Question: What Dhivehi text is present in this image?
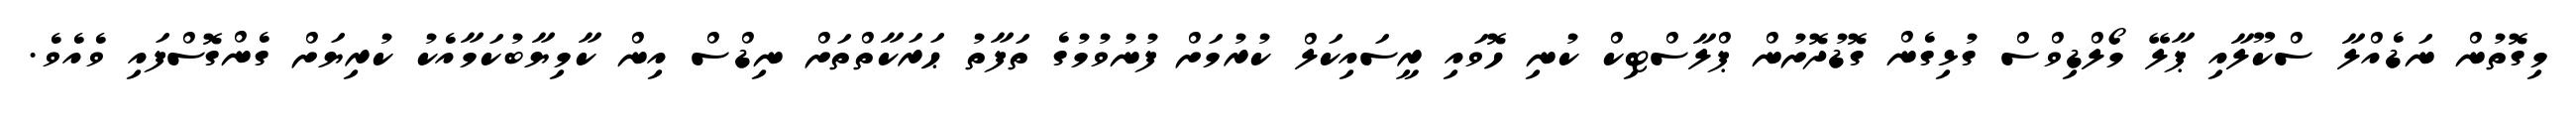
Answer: މިގޮތުން ނަޑެއްލާ ސްކޫލާއި ޕާލޭ މޯލްޑިވްސް ގުޅިގެން ގޮޑުދޮށުން ޕްލާސްޓިކް ކުނި ހޮވައި ރީސައިކަލް ކުރުމަށް ފުނުވުމުގެ ތަފާތު ޙަރަކާތްތަށް ނިޑްސް އިން ކާމިޔާބުކަމާއެކު ކުރިޔަށް ގެންގޮސްފައި ވެއެވެ.